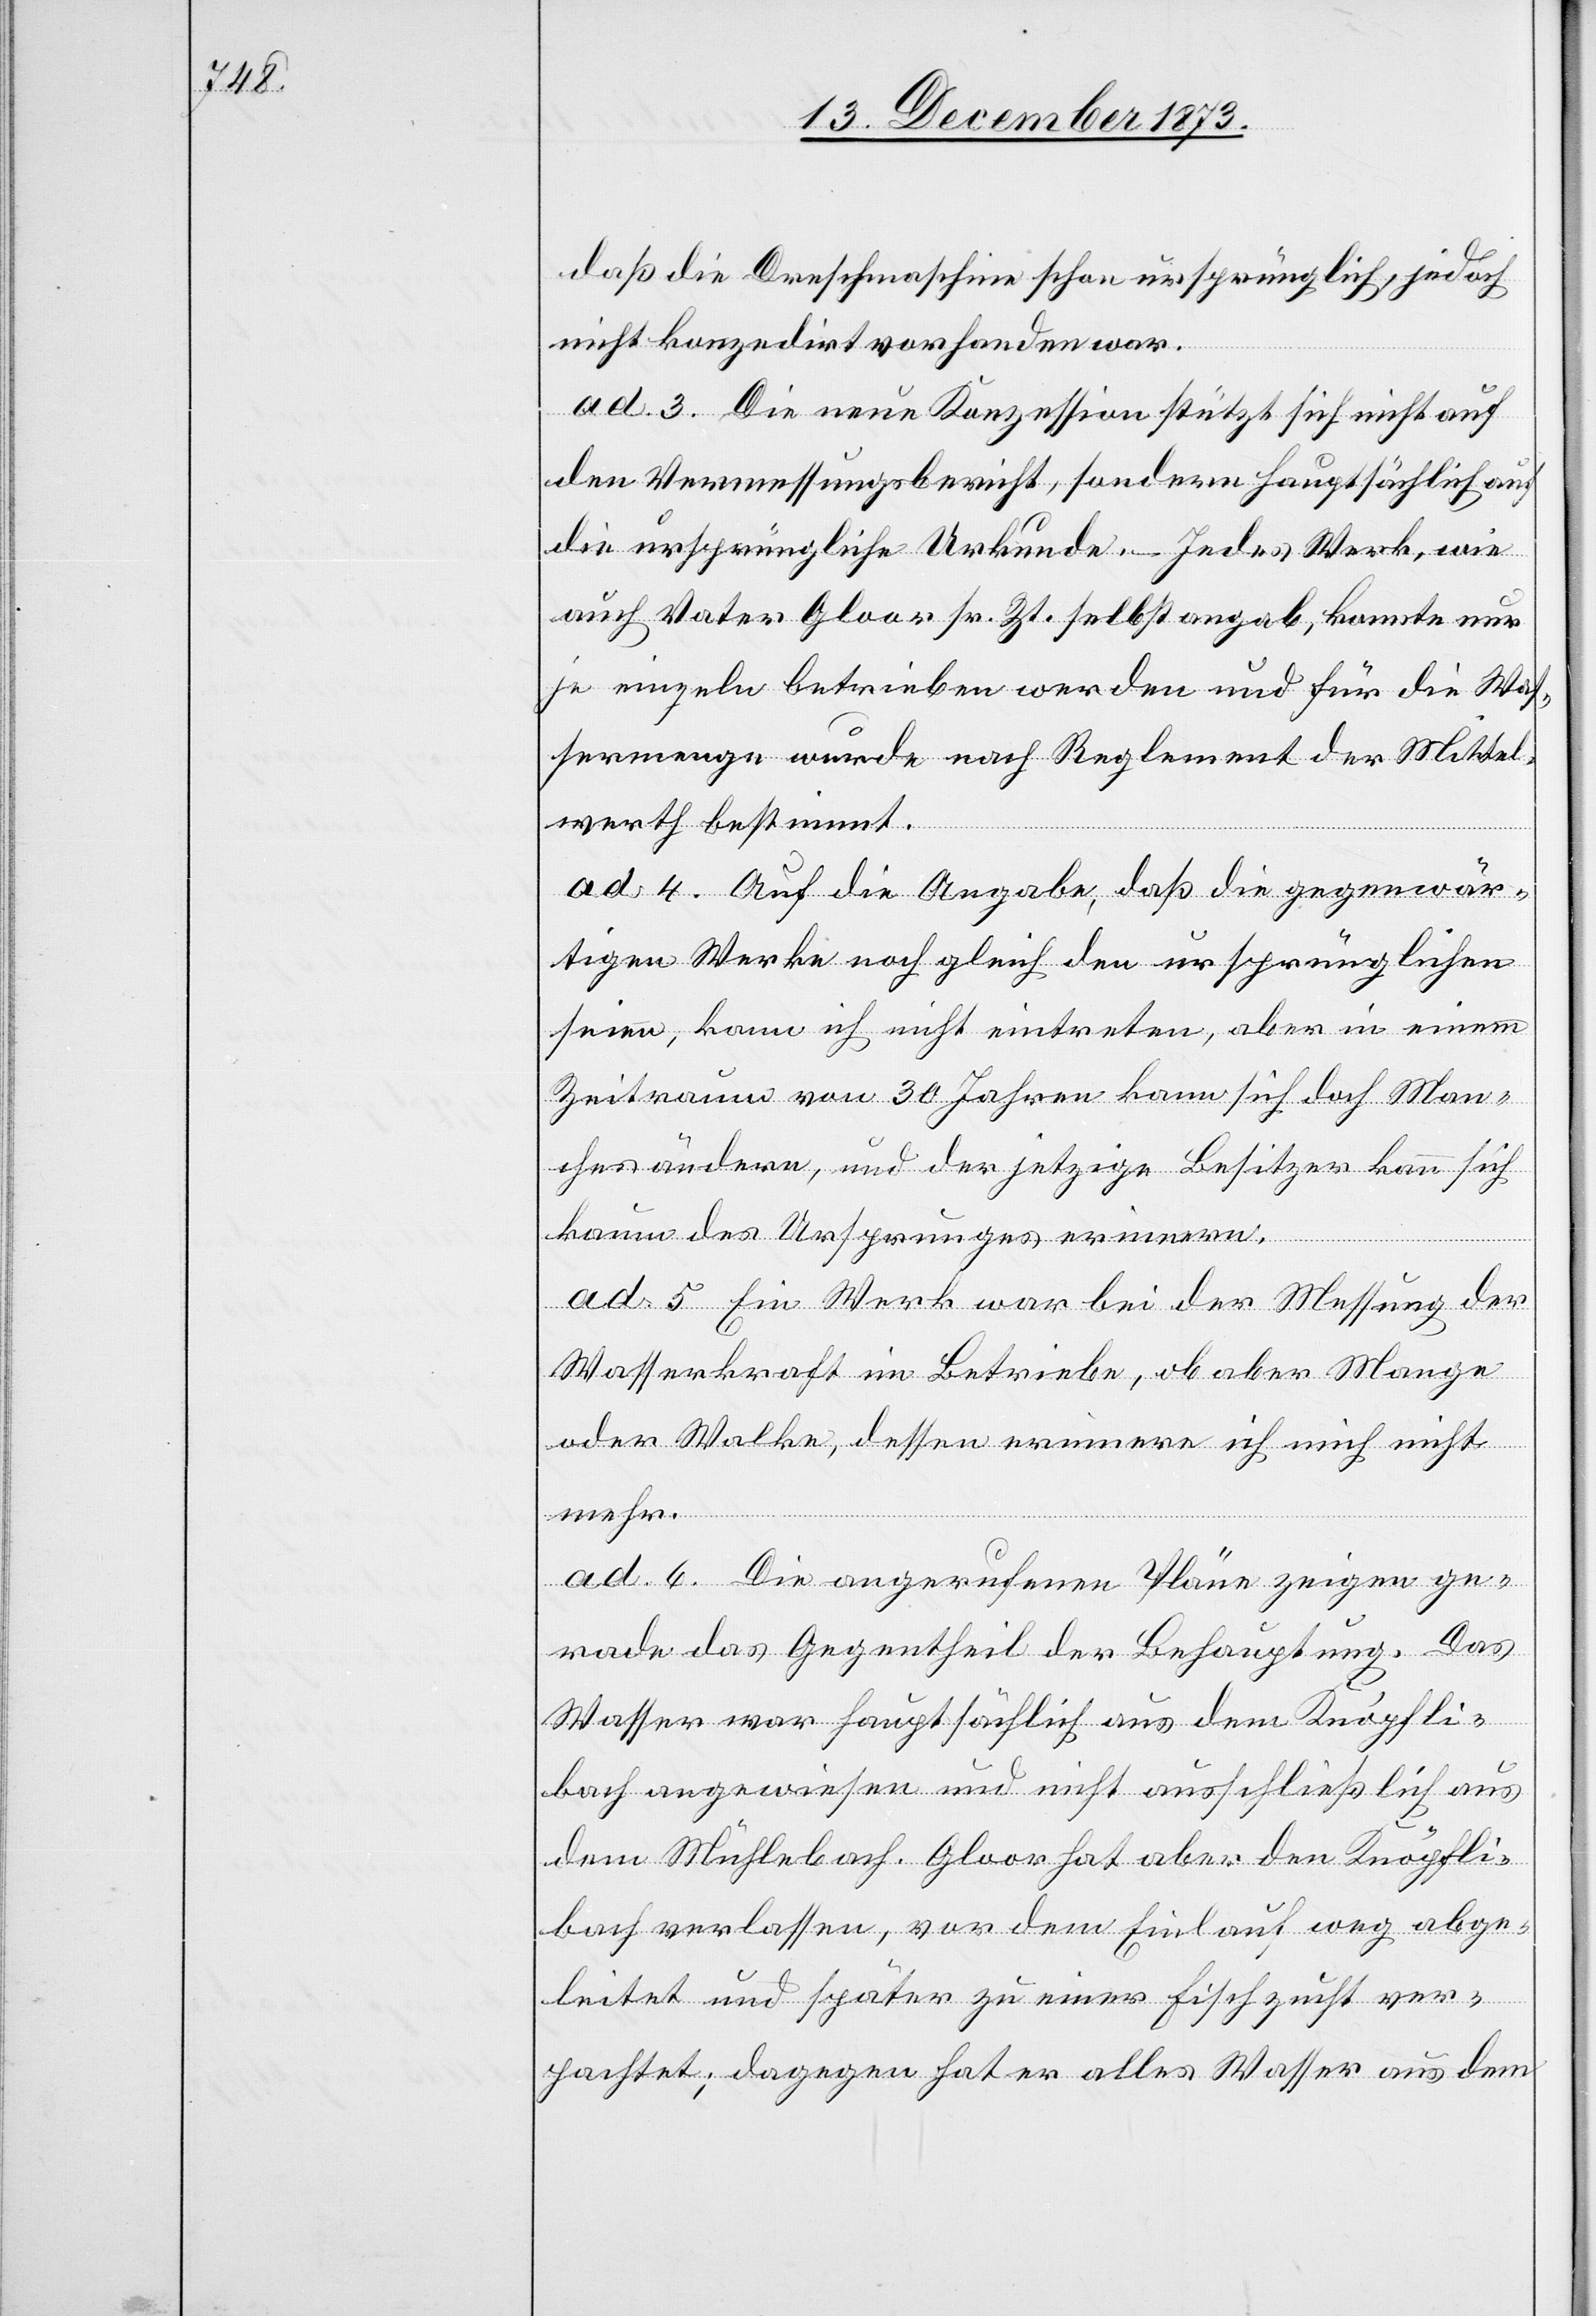
daß die Dreschmaschine schon ursprünglich, jedoch
nicht konzedirt vorhanden war.
ad. 3. Die neue Konzession stützt sich nicht auf
den Vermessungsbericht, sondern hauptsächlich auf
die ursprüngliche Urkunde. – Jedes Werk, wie
auch Vater Gloor sr. Zt. selbst angab, konnte nur
je einzeln betrieben werden und für die Was¬
sermenge wurde nach Reglement der Mittel¬
werth bestimmt.
ad 4. Auf die Angabe, daß die gegenwär¬
tigen Werke noch gleich den ursprünglichen
seien, kann ich nicht eintreten, aber in einem
Zeitraum von 30 Jahren kann sich doch Man¬
ches ändern, und der jetzige Besitzer kann sich
kaum des Ursprunges erinnern.
ad 5. Ein Werk war bei der Messung der
Wasserkraft im Betriebe, ob aber Mange
oder Walke, dessen erinnere ich mich nicht
mehr.
ad 6. Die angerufenen Pläne zeigen ge¬
rade das Gegentheil der Behauptung. Das
Wasser war hauptsächlich aus dem Knöpfli¬
bach angewiesen und nicht ausschließlich aus
dem Mühlebach. Gloor hat aber den Knöpfli¬
bach verlassen, vor dem Einlauf weg abge¬
leitet und später zu einer Fischzucht ver¬
pachtet; dagegen hat er alles Wasser aus dem